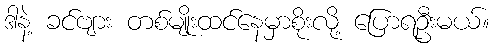
ဒါနဲ့ ခင်ဗျား တစ်မျိုးထင်နေမှာစိုးလို့ ပြောရဦးမယ်။